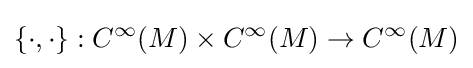
\{\cdot ,\cdot \}:{C^{\infty }}(M)\times {C^{\infty }}(M)\to {C^{\infty }}(M)